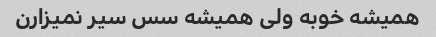
همیشه خوبه ولی همیشه سس سیر نمیزارن